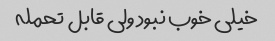
خیلی خوب نبود ولی قابل تحمله